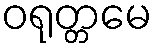
ဝရုတ္တမေ